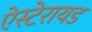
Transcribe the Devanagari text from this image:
ऐस्टेरायड